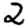
Digit: 2